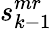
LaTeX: s_{k-1}^{mr}